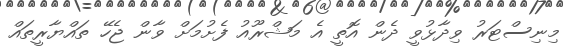
މިނިސްޓަރު ވިދާޅުވީ ދެން އޮތީ އެ މަޝްރޫއު ފެށުމަށް ވާން ޖެހޭ ތައްޔާރީތައް